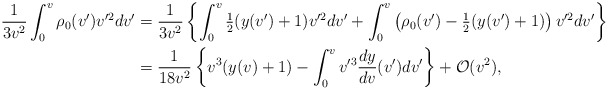
\begin{align*} \frac{1}{3v^2}\int_0^v\rho_0(v')v'^2dv'&=\frac{1}{3v^2}\left\{\int_0^v\tfrac{1}{2}(y(v')+1)v'^2dv'+\int_0^v\left(\rho_0(v')-\tfrac{1}{2}(y(v')+1)\right)v'^2dv'\right\}\\&=\frac{1}{18v^2}\left\{v^3(y(v)+1)-\int_0^vv'^3\frac{dy}{dv}(v')dv'\right\}+\mathcal{O}(v^2),\end{align*}